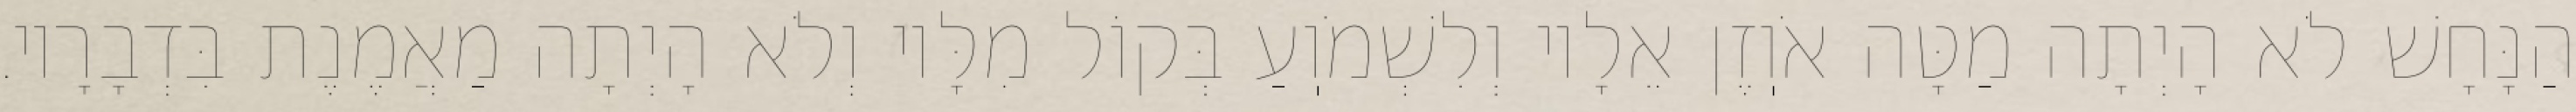
הַנָּחָשׁ לֹא הָיְתָה מַטָּה אֹוֽזֶן אֵלָיו וְלִשְׁמֹוֽעַ בְּקוֹל מִלָּיו וְלֹא הָיְתָה מַאֲמֶנֶת בִּדְבָרָיו.